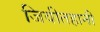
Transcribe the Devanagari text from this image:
जिवीतहानी